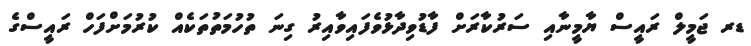
ޑރ ޖަމީލް ރައީސް ޔާމީނާއި ސަރުކާރަށް ފާޑުވިދާޅުވެފައިވާއިރު ގިނަ ތުހުމަތުތަކެއް ކުުރުމަށްފަހް ރައީސްގެ